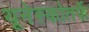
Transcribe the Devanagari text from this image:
यूनेस्कोतर्फे